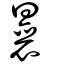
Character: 曩